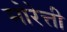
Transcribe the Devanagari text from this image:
मोरेत्ती